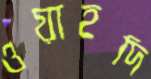
ওয়াহদি